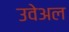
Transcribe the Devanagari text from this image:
उवेअल